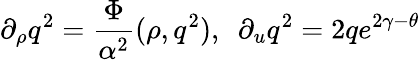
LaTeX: \partial_{\rho}q^{2}={\frac{\Phi}{\alpha^{2}}}(\rho,q^{2}),\ \ \partial_{u}q^{2}=2qe^{2\gamma-\theta}